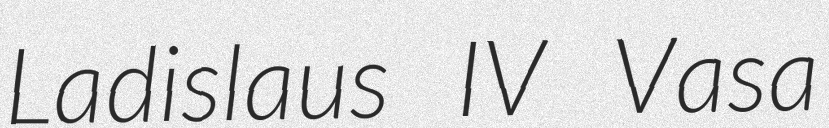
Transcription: Ladislaus IV Vasa